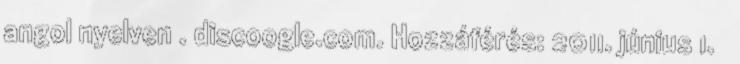
angol nyelven . discoogle.com. Hozzáférés: 2011. június 1. ↑